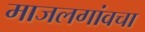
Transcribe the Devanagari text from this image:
माजलगांवचा